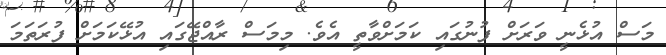
މަސް އުޅެނީ ވަރަށް ފުނުގައި ކަމަށްވާތީ އެވެ. މިމަސް ރާއްޖޭގައި އުޅޭކަމަށް ފުރަތަމަ